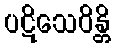
ပဋိသေဝိန္တိ